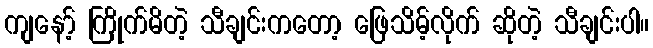
ကျနော့် ကြိုက်မိတဲ့ သီချင်းကတော့ ဖြေသိမ့်လိုက် ဆိုတဲ့ သီချင်းပါ။